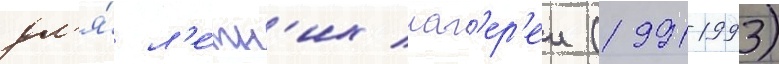
дл'я́ л'е́тн'их лаг'ер'еи (1991-1993)